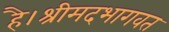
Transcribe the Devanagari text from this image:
है।श्रीमदभागवत